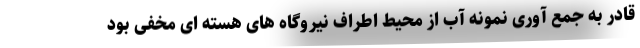
قادر به جمع آوری نمونه آب از محیط اطراف نیروگاه های هسته ای مخفی بود